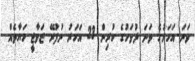
ވަނަ އަހަރުގެ ވަނަ ދުވަހުގެ ކުރިން 23 އަހަރު ނުފުރޭ ޒަވާޖީ ހަޔާތެއް